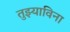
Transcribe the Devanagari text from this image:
तुझ्याविना